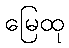
မြေထု